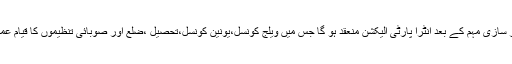
انہوںنے کہاکہ ممبر سازی مہم کے بعد انٹرا پارٹی الیکشن منعقد ہو گا جس میں ویلج کونسل،یونین کونسل،تحصیل ،ضلع اور صوبائی تنظیموں کا قیام عمل میں لایا جائے گا۔